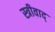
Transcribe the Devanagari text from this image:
स्त्रीवाद्